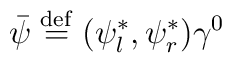
\bar{\psi } \stackrel{ \mathrm{def}}{=} (\psi _{l}^{\ast} ,\psi_{r}^{\ast}) \gamma ^{0}